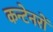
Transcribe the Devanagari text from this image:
कन्टेनरों